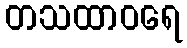
တသထာဝရေ